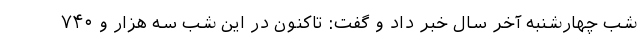
شب چهارشنبه آخر سال خبر داد و گفت: تاکنون در این شب سه هزار و ۷۴۰